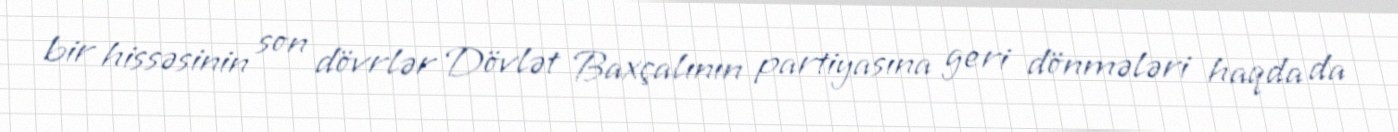
bir hissəsinin son dövrlər Dövlət Baxçalının partiyasına geri dönmələri haqda da